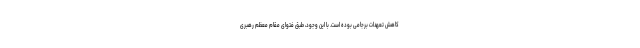
کاهش تعهدات برجامی بوده است. با این وجود، طبق فتوای مقام معظم رهبری